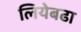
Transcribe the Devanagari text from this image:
लियेबढा